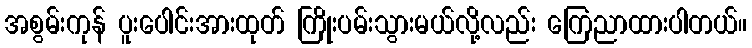
အစွမ်းကုန် ပူးပေါင်းအားထုတ် ကြိုးပမ်းသွားမယ်လို့လည်း ကြေညာထားပါတယ်။